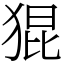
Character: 猑